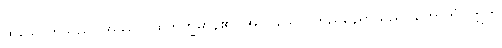
ထိုသောကသည်။ အဿာ၊ ထိုဘိက္ခမာန်၏။ အာဝါသော၊ တည်နေရာသည်။ ဟောတိ။ ဣတိ